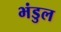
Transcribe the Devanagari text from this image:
भंडुल